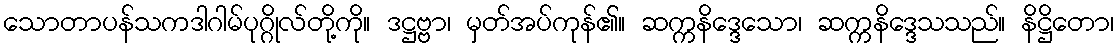
သောတာပန်သကဒါဂါမ်ပုဂ္ဂိုလ်တို့ကို။ ဒဋ္ဌဗ္ဗာ၊ မှတ်အပ်ကုန်၏။ ဆက္ကနိဒ္ဒေသော၊ ဆက္ကနိဒ္ဒေသသည်။ နိဋ္ဌိတော၊